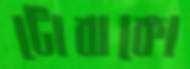
টোবাকো